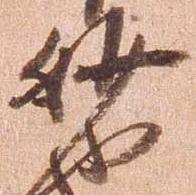
妙